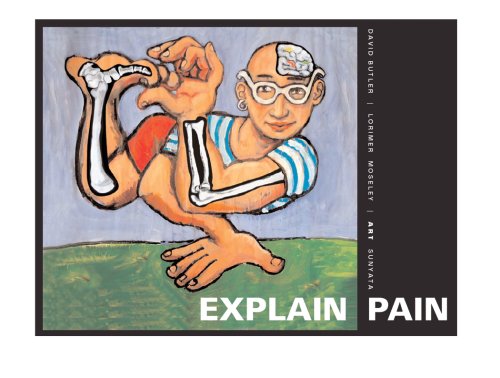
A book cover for Explain Pain (Discontinued); David Butler; Medical Books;